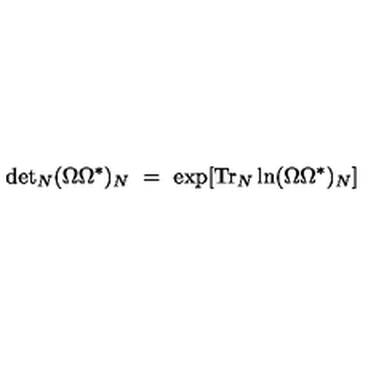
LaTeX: \mathrm { d e t } _ { N } ( \Omega \Omega ^ { * } ) _ { N } \ = \ \exp [ \mathrm { T r } _ { N } \ln ( \Omega \Omega ^ { * } ) _ { N } ]